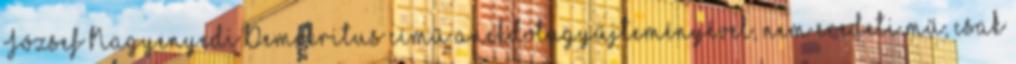
József Nagyenyedi Demokritus című anekdotagyűjteményével, nem eredeti mű, csak